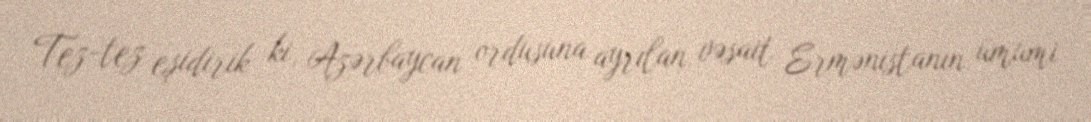
Tez-tez eşidirik ki, Azərbaycan ordusuna ayrılan vəsait Ermənistanın ümumi